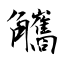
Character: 觿